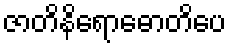
ဇာတိနိရောဓောတိပေ